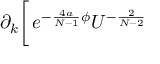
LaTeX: \partial _ { k } \biggl [ \, e ^ { - \frac { 4 a } { N - 1 } \phi } U ^ { - \frac { 2 } { N - 2 } }